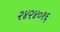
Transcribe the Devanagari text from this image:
२४२४०१६